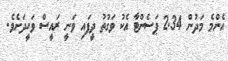
އެންމެ މަދުން 2.34 ޕަސެންޓާ އެކު ވަގުތު ދީފައި ވަނީ ރައީސް ވަހީދަށެވެ.